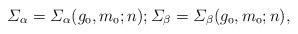
LaTeX: \begin{align*}\mit\Sigma_{\alpha}=\mit\Sigma_{\alpha}(g_{0},m_{0};n);\mit\Sigma_{\beta}=\mit\Sigma_{\beta}(g_{0},m_{0};n),\end{align*}